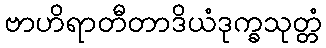
ဗာဟိရာတီတာဒိယံဒုက္ခသုတ္တံ